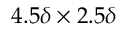
4 . 5 \delta \times 2 . 5 \delta